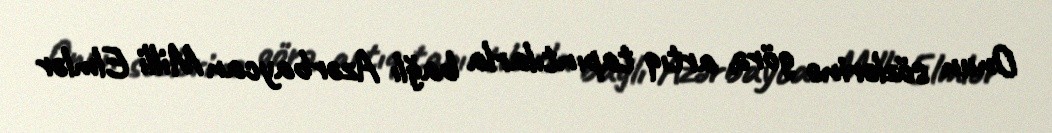
Onun sözlərinə görə, artıq tapıntılarla bağlı Azərbaycan Milli Elmlər